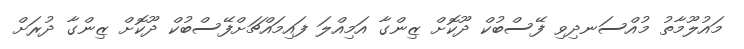
މައުލޫމާތު މުއްސަނދިވި ފޭސްބުކް ދޫކޮށް ޒިންގާ އަމިއްލަ ފައިމައްޗަށްފޭސްބުކް ދޫކޮށް ޒިންގާ ދުރަށް